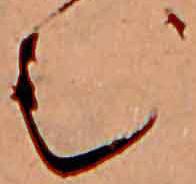
む